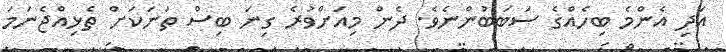
އަދި އެންމެ ބިހެއްގެ ސަބަބުންނެވެ. ދެން މިއަށްވުރެ ގިނަ ބިސް ތަނަކަށް ތެޅިއްޖެނަމަ